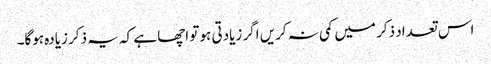
اس تعداد ذکر میں کمی نہ کریں اگر زیادتی ہو تو اچھا ہے کہ یہ ذکر زیادہ ہوگا۔